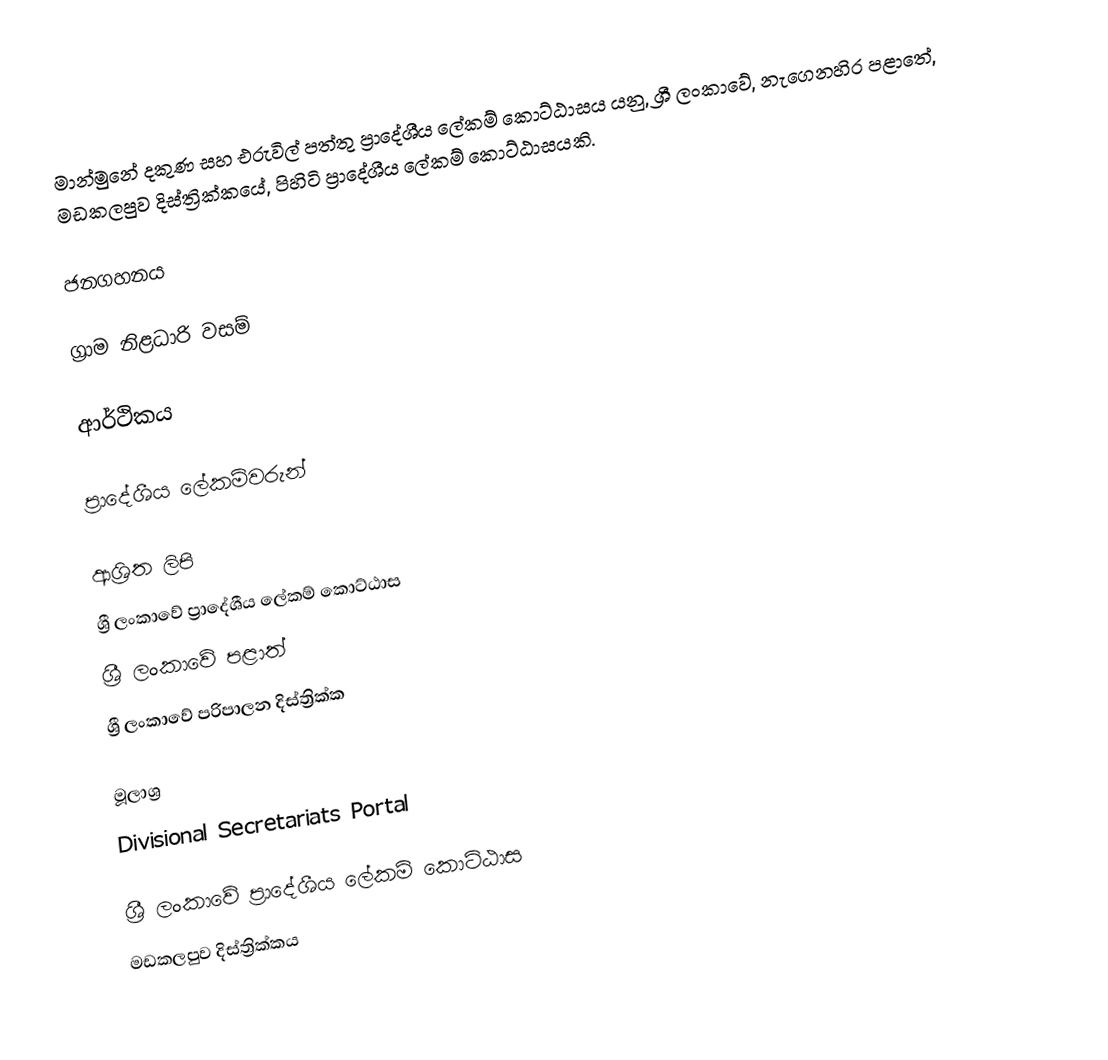
මාන්මුනේ දකුණ සහ එරුවිල් පත්තු ප්‍රාදේශීය ලේකම් කොට්ඨාසය යනු,  ශ්‍රී ලංකාවේ, නැගෙනහිර පළාතේ,   මඩකලපුව දිස්ත්‍රික්කයේ, පිහිටි ප්‍රාදේශීය ලේකම් කොට්ඨාසයකි.

ජනගහනය

ග්‍රාම නිළධාරි වසම්

ආර්ථිකය

ප්‍රාදේශීය ලේකම්වරුන්

ආශ්‍රිත ලිපි
ශ්‍රී ලංකාවේ ප්‍රාදේශීය ලේකම් කොට්ඨාස
ශ්‍රී ලංකාවේ පළාත්
ශ්‍රී ලංකාවේ පරිපාලන දිස්ත්‍රික්ක

මූලාශ්‍ර
 Divisional Secretariats Portal

ශ්‍රී ලංකාවේ ප්‍රාදේශීය ලේකම් කොට්ඨාස
මඩකලපුව දිස්ත්‍රික්කය